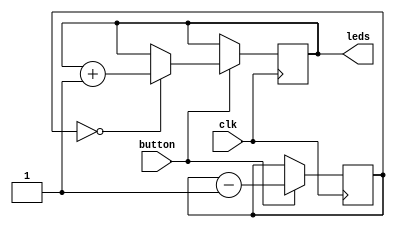
`timescale 1ns / 1ps

module Testing(leds, clk, button);

	input clk, button;
	output reg [3:0] leds;
	
	reg [21:0] bounce_counter;
	
	always @ (posedge clk) begin
		if(button) begin
			if(bounce_counter == 22'b0) begin
				leds = leds + 1;
			end
			
			bounce_counter = bounce_counter - 1;
		end
	end

endmodule